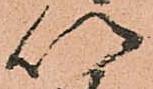
以